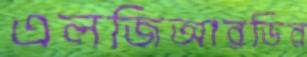
এলজিআরডির